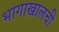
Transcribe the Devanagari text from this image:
भागाखालची